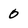
Character: 0